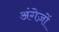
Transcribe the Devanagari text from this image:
अंगेज़ों